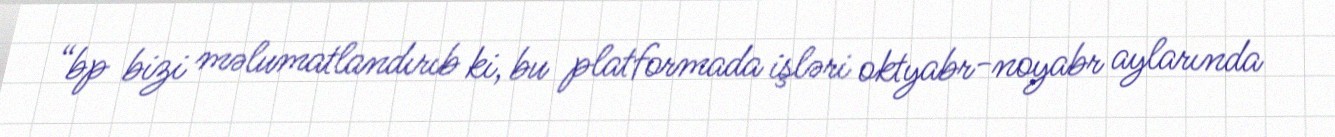
“bp bizi məlumatlandırıb ki, bu platformada işləri oktyabr-noyabr aylarında